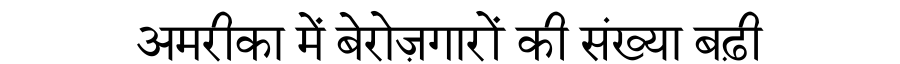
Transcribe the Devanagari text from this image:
अमरीका में बेरोज़गारों की संख्या बढ़ी